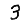
Digit: 3